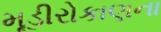
મૂડીરોકાણના